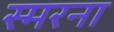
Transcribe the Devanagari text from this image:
स्मरना